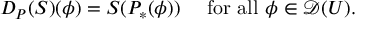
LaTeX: D _ { P } ( S ) ( \phi ) = S ( P _ { * } ( \phi ) ) \quad { \mathrm { ~ f o r ~ a l l ~ } } \phi \in { \mathcal { D } } ( U ) .